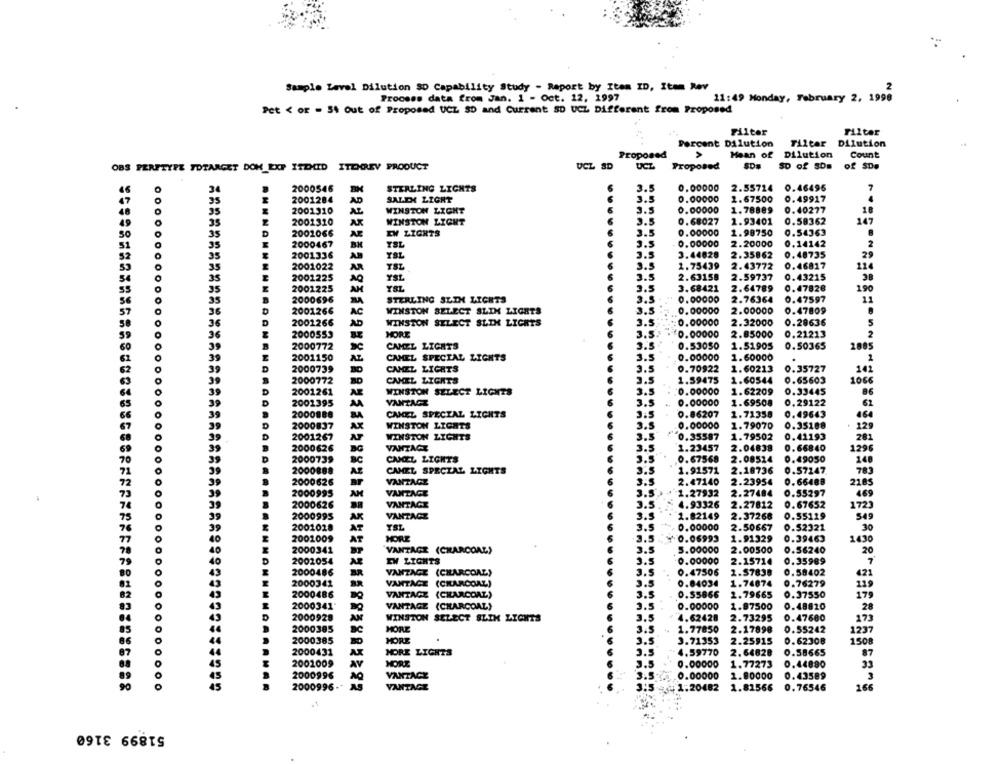
2
Sample Level Dilution SD Capability Study - Raport by Item ID, Itam Rev
Process data from Jan. 1 - Oct. 12, 1997
11:49 Monday, February 2, 1998
Pet < or = 54 Out of Proposed UCL SD and Current SD UCL Different from Proposed
Filter
Filter
Percent Dilution
Tiltar Dilution
Proposed
Mean of Dilution
Count
OBS PERFTYPE TOTARGET DOM_EXP ITDID ITEKREV PRODUCT
UCL SD
UCZ
Proposed
SD#
SD of SDE of SD.
3
2000546
STERLING LIGHTS
3.5
0.00000
2.55724 0.46496
7
47
2001284
SALLY LIGHT
3.5
0.00000
1.67500
0.49917
35
AD
35
2001310
AZ
WINSTON LIGHT
3.5
0.00000
1.78889
0.40277
18
2001320
WINSTON LIGHT
3.5
0.68027
1.93401
0.58362
147
49
35
50
35
2001066
EN LIGHTS
3.5
0.00000
1.98750
0.54363
2000467
YSL
3.5
0.00000
2.20000
0.14142
2
35
3.5
0.48735
35
2001336
YBL
3.44628
2.35862
29
2001022
TSL
3.5
1.75439
2.43772
0.46817
224
35
AR
YSL
3.5
0.43215
35
2001225
2.63158
2.59737
35
2001225
YBL
3.5
3.68421
2.64789
0.47828
190
2000696
STERLING SLIN LIGETS
3.5
0.00000
2.76364
0.47597
35
11
36
D
2001266
AC
WINSTON SELECT SLIM LIGHTS
3.5
0.00000
2.00000
0.47809
36
2001266
AD
WINSTON SELECT SLIN LIGHTS
3.5
0.00000
2.32000
0.29636
5
2000553
BE
MORE
3.5
0.00000
2.85000
0.21213
2
CAMEL LIGHTS
3.5
0.53050
1.51905
0.50365
2005
39
2001150
AL
CAMEL SPECIAL LIGHTS
3.5
0.00000
1.60000
1
D
2000739
CAMEL LIGHTS
3.5
0.70922
1.60213
0.35727
142
39
2000772
CAMEL LIGHTS
3.5
1.59475
1.60544
0.65603
1066
39
D
0.33445
2001261
WINSTON SELECT LIGHTS
3.5
0.00000
1.62209
39
2001395
AA
VANTAGE
3.5
0.00000
1.69508
0.29122
62
39
CANEL SPECIAL LIGHTS
1.71358
2000888
0.86207
0.49643
464
D
2000837
AX
WINSTON LIGHTS
3.5
0.00000
1.79070
0.35188
129
39
2001267
WINSTON LIGHTS
3.5
0.35587
281
1.79502
0.41193
2000626
BG
VANTACT
3.5
1.23457
2.04838
0.66840
1296
2000739
BC
CANEL LIGHTS
3.5
0.67568
2.08524
0.49050
148
2000888
AZ
CAMEL SPECIAL LIGHTS
3.5
1.91571
2.18736
0.57147
783
39
2000626
BT
VANTACZ
3.5
2.47140
2.23954
0.66488
2185
2000995
AN
VANTACE
3.5
1.27932
2.27484
0.55297
469
2000626
VANTAGE
3.5
4.93326
2.27812
0.67652
1723
2000995
AK
VANTACZ
3.5
1.82149
2.37268
0.55119
549
2001028
AT
3.5
0.00000
2.50667
0.52321
30
001
2002009
AT
MORE
3.5
¥0.06993
1.91329
0.39463
1430
2000341
BP
VANTAGE (CHARCOAL)
3.5
5.00000
2.00500
0.56240
20
2001054
EN LIGHTS
3.5
0.00000
2.15714
0.35989
7
2000486
BR
VANTAGE (CHARCOAL)
3.5
0.47506
1.57838
0.58402
421
2000341
BR
VANTACE (CHARCOAL)
3.5
0.84034
1.74874
0.76279
119
2000486
VANTAGE (CHARCOAL)
3.5
0.55866
2.79665
0.37550
179
2000341'
VANTAGE (CHARCOAL)
3.5
0.00000
1.87500
0.48820
28
2000928
AN
WINSTON SELECT SLIK LIGHTS
3.5
4.62428
2.73295
0.47680
173
2000305
BC
MORE
3.5
1.77850
2.17898
0.55242
1237
2000385
MORE
3.5
3.71353
2.25915
0.62308
1508
2000431
MORE LIGHTS
3.5
4.59770
2.64828
0.58665
87
45
2001009
AV
MORE
3.5
0.00000
1.77273
0.44890
33
2000996
VANTAGE
0.00000
1.80000
0.43589
45
2000996-
VANTAGE
1:20482
1.81566
0.76546
166
51899 3160